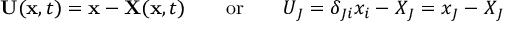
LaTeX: \ \mathbf { U } ( \mathbf { x } , t ) = \mathbf { x } - \mathbf { X } ( \mathbf { x } , t ) \qquad { \mathrm { o r } } \qquad U _ { J } = \delta _ { J i } x _ { i } - X _ { J } = x _ { J } - X _ { J }